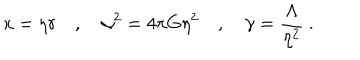
x = \eta r \quad , \quad \alpha ^ { 2 } = 4 \pi G \eta ^ { 2 } \quad , \quad \gamma = \frac { \Lambda } { \eta ^ { 2 } } \ .